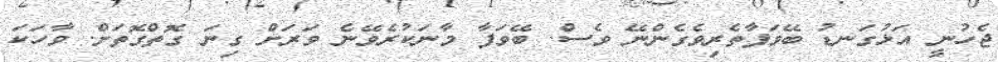
ޖެހުނީ އަޅުގަނޑު ބޭވަފާތެރިވެގެންނޭ ވެސް. ބޭވަފާ މާނަކުރެވޭނެ ވަރަށް ގިނަ ގޮތްގޮތަށް. ވާހަކަ